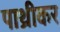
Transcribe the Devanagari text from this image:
पाथ्रीकर